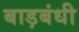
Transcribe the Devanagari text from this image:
बाड़बंधी